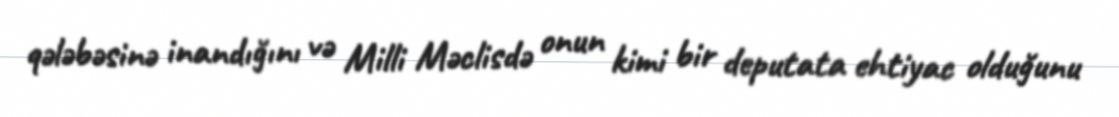
qələbəsinə inandığını və Milli Məclisdə onun kimi bir deputata ehtiyac olduğunu